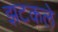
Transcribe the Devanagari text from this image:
झटकले